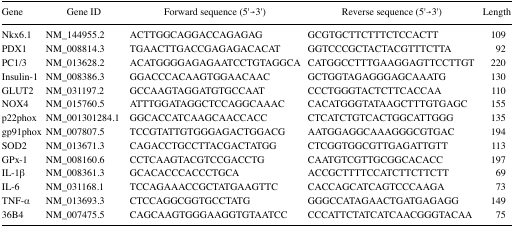
<table><thead><tr><td><b>Gene</b></td><td><b>Gene ID</b></td><td><b>Forward sequence (5′→3′)</b></td><td><b>Reverse sequence (5′→3′)</b></td><td><b>Length</b></td></tr></thead><tbody><tr><td>Nkx6.1</td><td>NM_144955.2</td><td>ACTTGGCAGGACCAGAGAG</td><td>GCGTGCTTCTTTCTCCACTT</td><td>109</td></tr><tr><td>PDX1</td><td>NM_008814.3</td><td>TGAACTTGACCGAGAGACACAT</td><td>GGTCCCGCTACTACGTTTCTTA</td><td>92</td></tr><tr><td>PC1/3</td><td>NM_013628.2</td><td>ACATGGGGAGAGAATCCTGTAGGCA</td><td>CATGGCCTTTGAAGGAGTTCCTTGT</td><td>220</td></tr><tr><td>Insulin-1</td><td>NM_008386.3</td><td>GGACCCACAAGTGGAACAAC</td><td>GCTGGTAGAGGGAGCAAATG</td><td>130</td></tr><tr><td>GLUT2</td><td>NM_031197.2</td><td>GCCAAGTAGGATGTGCCAAT</td><td>CCCTGGGTACTCTTCACCAA</td><td>110</td></tr><tr><td>NOX4</td><td>NM_015760.5</td><td>ATTTGGATAGGCTCCAGGCAAAC</td><td>CACATGGGTATAAGCTTTGTGAGC</td><td>155</td></tr><tr><td>p22phox</td><td>NM_001301284.1</td><td>GGCACCATCAAGCAACCACC</td><td>CTCATCTGTCACTGGCATTGGG</td><td>135</td></tr><tr><td>gp91phox</td><td>NM_007807.5</td><td>TCCGTATTGTGGGAGACTGGACG</td><td>AATGGAGGCAAAGGGCGTGAC</td><td>194</td></tr><tr><td>SOD2</td><td>NM_013671.3</td><td>CAGACCTGCCTTACGACTATGG</td><td>CTCGGTGGCGTTGAGATTGTT</td><td>113</td></tr><tr><td>GPx-1</td><td>NM_008160.6</td><td>CCTCAAGTACGTCCGACCTG</td><td>CAATGTCGTTGCGGCACACC</td><td>197</td></tr><tr><td>IL-1β</td><td>NM_008361.3</td><td>GCACACCCACCCTGCA</td><td>ACCGCTTTTCCATCTTCTTCTT</td><td>69</td></tr><tr><td>IL-6</td><td>NM_031168.1</td><td>TCCAGAAACCGCTATGAAGTTC</td><td>CACCAGCATCAGTCCCAAGA</td><td>73</td></tr><tr><td>TNF-α</td><td>NM_013693.3</td><td>CTCCAGGCGGTGCCTATG</td><td>GGGCCATAGAACTGATGAGAGG</td><td>149</td></tr><tr><td>36B4</td><td>NM_007475.5</td><td>CAGCAAGTGGGAAGGTGTAATCC</td><td>CCCATTCTATCATCAACGGGTACAA</td><td>75</td></tr></tbody></table>